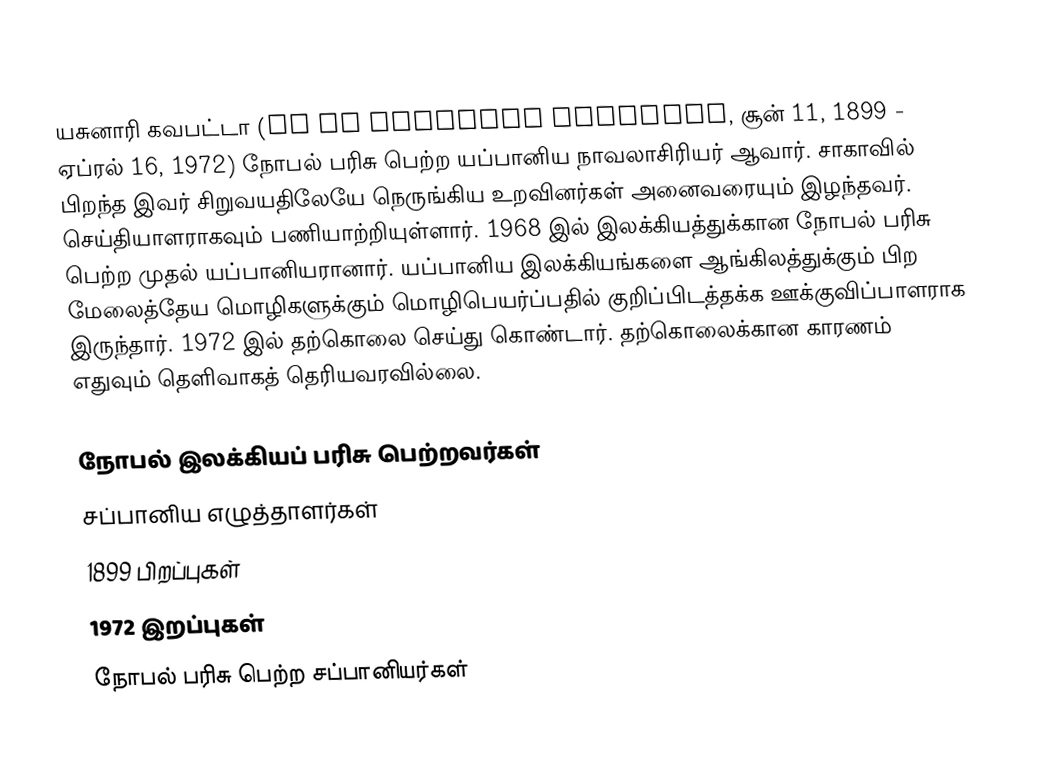
யசுனாரி கவபட்டா (川端 康成 Kawabata Yasunari, சூன் 11, 1899 - ஏப்ரல் 16, 1972) நோபல் பரிசு பெற்ற யப்பானிய நாவலாசிரியர் ஆவார். சாகாவில் பிறந்த இவர் சிறுவயதிலேயே நெருங்கிய உறவினர்கள் அனைவரையும் இழந்தவர். செய்தியாளராகவும் பணியாற்றியுள்ளார். 1968 இல் இலக்கியத்துக்கான நோபல் பரிசு பெற்ற முதல் யப்பானியரானார். யப்பானிய இலக்கியங்களை ஆங்கிலத்துக்கும் பிற மேலைத்தேய மொழிகளுக்கும் மொழிபெயர்ப்பதில் குறிப்பிடத்தக்க ஊக்குவிப்பாளராக இருந்தார். 1972 இல் தற்கொலை செய்து கொண்டார். தற்கொலைக்கான காரணம் எதுவும் தெளிவாகத் தெரியவரவில்லை.

நோபல் இலக்கியப் பரிசு பெற்றவர்கள்
சப்பானிய எழுத்தாளர்கள்
1899 பிறப்புகள்
1972 இறப்புகள்
நோபல் பரிசு பெற்ற சப்பானியர்கள்